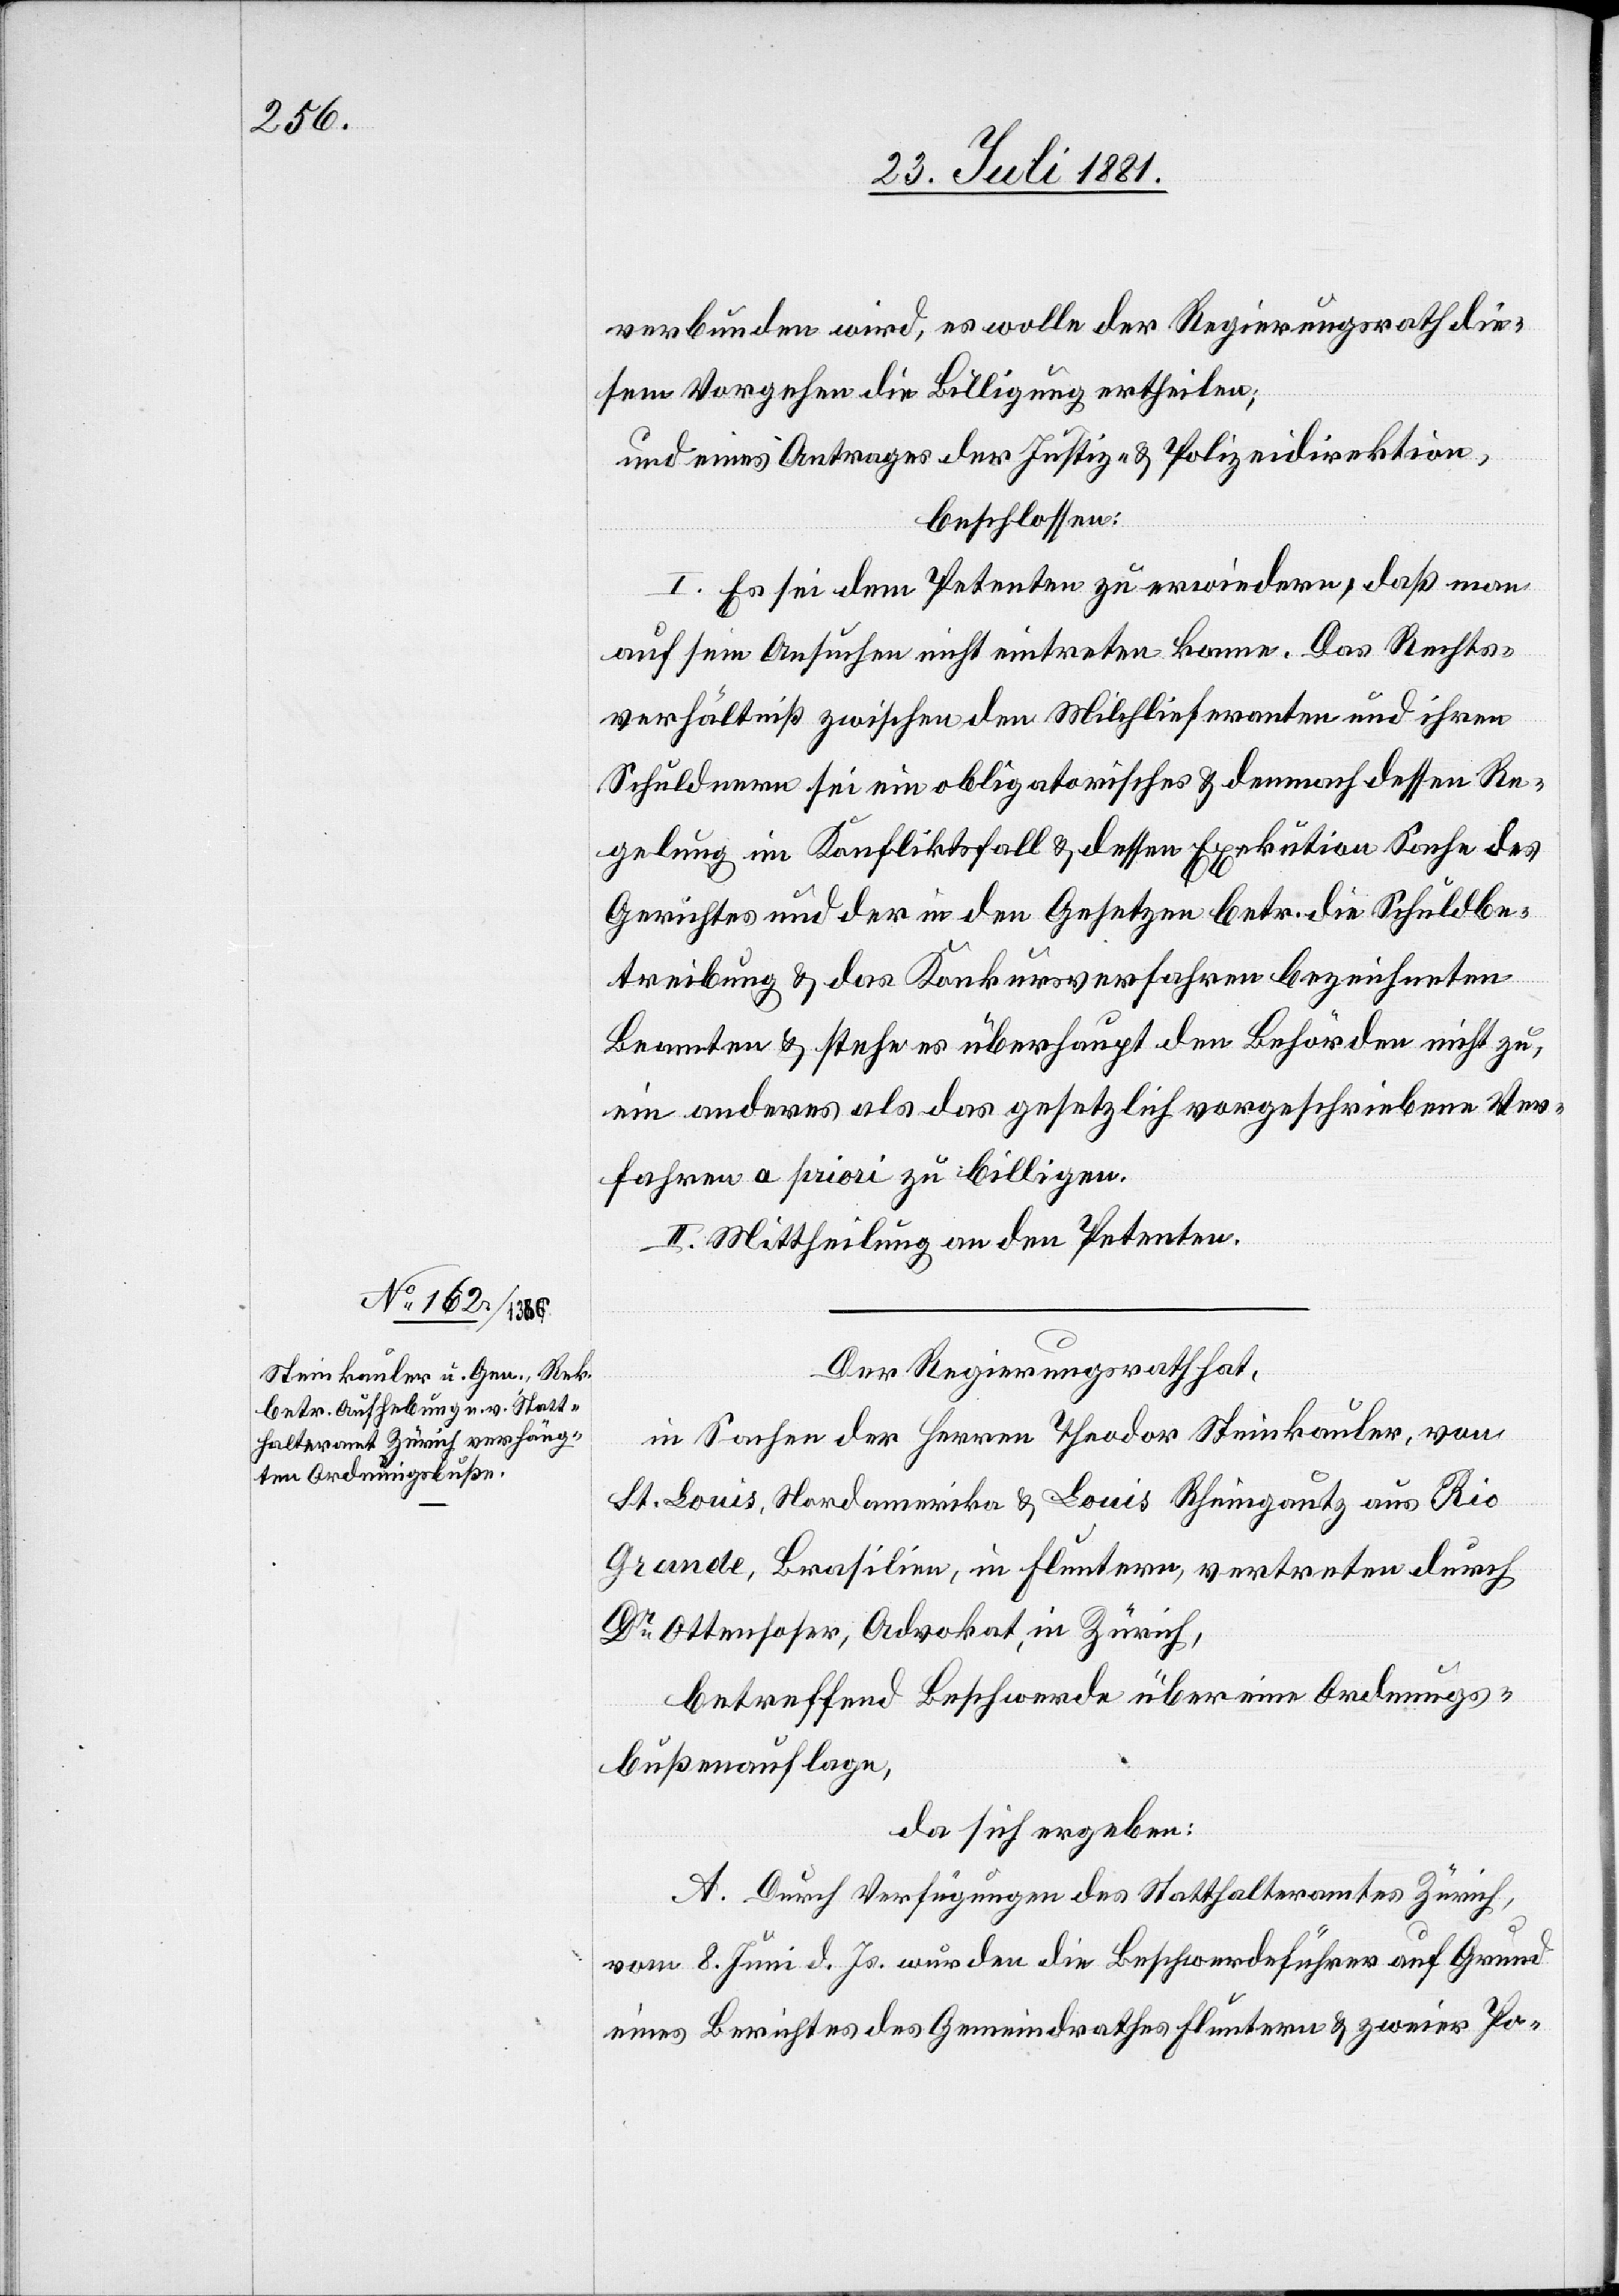
verbunden wird, es wolle der Regierungsrath die¬
sem Vorgehen die Bewilligung ertheilen;
und eines Antrages der Justiz- & Polizeidirektion,
beschlossen:
I. Es sei dem Petenten zu erwiedern, daß man
auf sein Ansuchen nicht eintreten k[ö]nne. Das Rechts¬
verhältniß zwischen den Milchlieferanten und ihren
Schuldnern sei ein obligatorisches & demnach dessen Re¬
gelung im Konfliktfall & dessen Exekution Sache des
Gerichtes und der in den Gesetzen betr. die Schuldbe¬
treibung & das Konkursverfahren bezeichneten
Beamten & stehe es überhaupt den Behörden nicht zu,
ein anderes als das gesetzlich vorgeschriebene Ver¬
fahren a priori zu billigen.
II. Mittheilung an den Petenten.